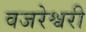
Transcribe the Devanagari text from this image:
वजरेश्वरी